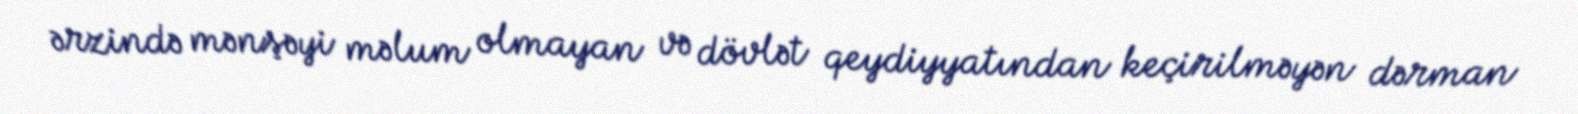
ərzində mənşəyi məlum olmayan və dövlət qeydiyyatından keçirilməyən dərman